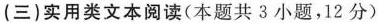
(三)实用类文本阅读(本题共3小题，12分)